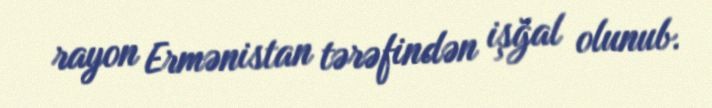
rayon Ermənistan tərəfindən işğal olunub.